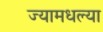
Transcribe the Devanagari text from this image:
ज्यामधल्या